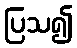
ပြသ၍